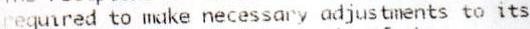
REQUIRED TO MAKE NECESSARY ADJUSTMENTS TO ITS